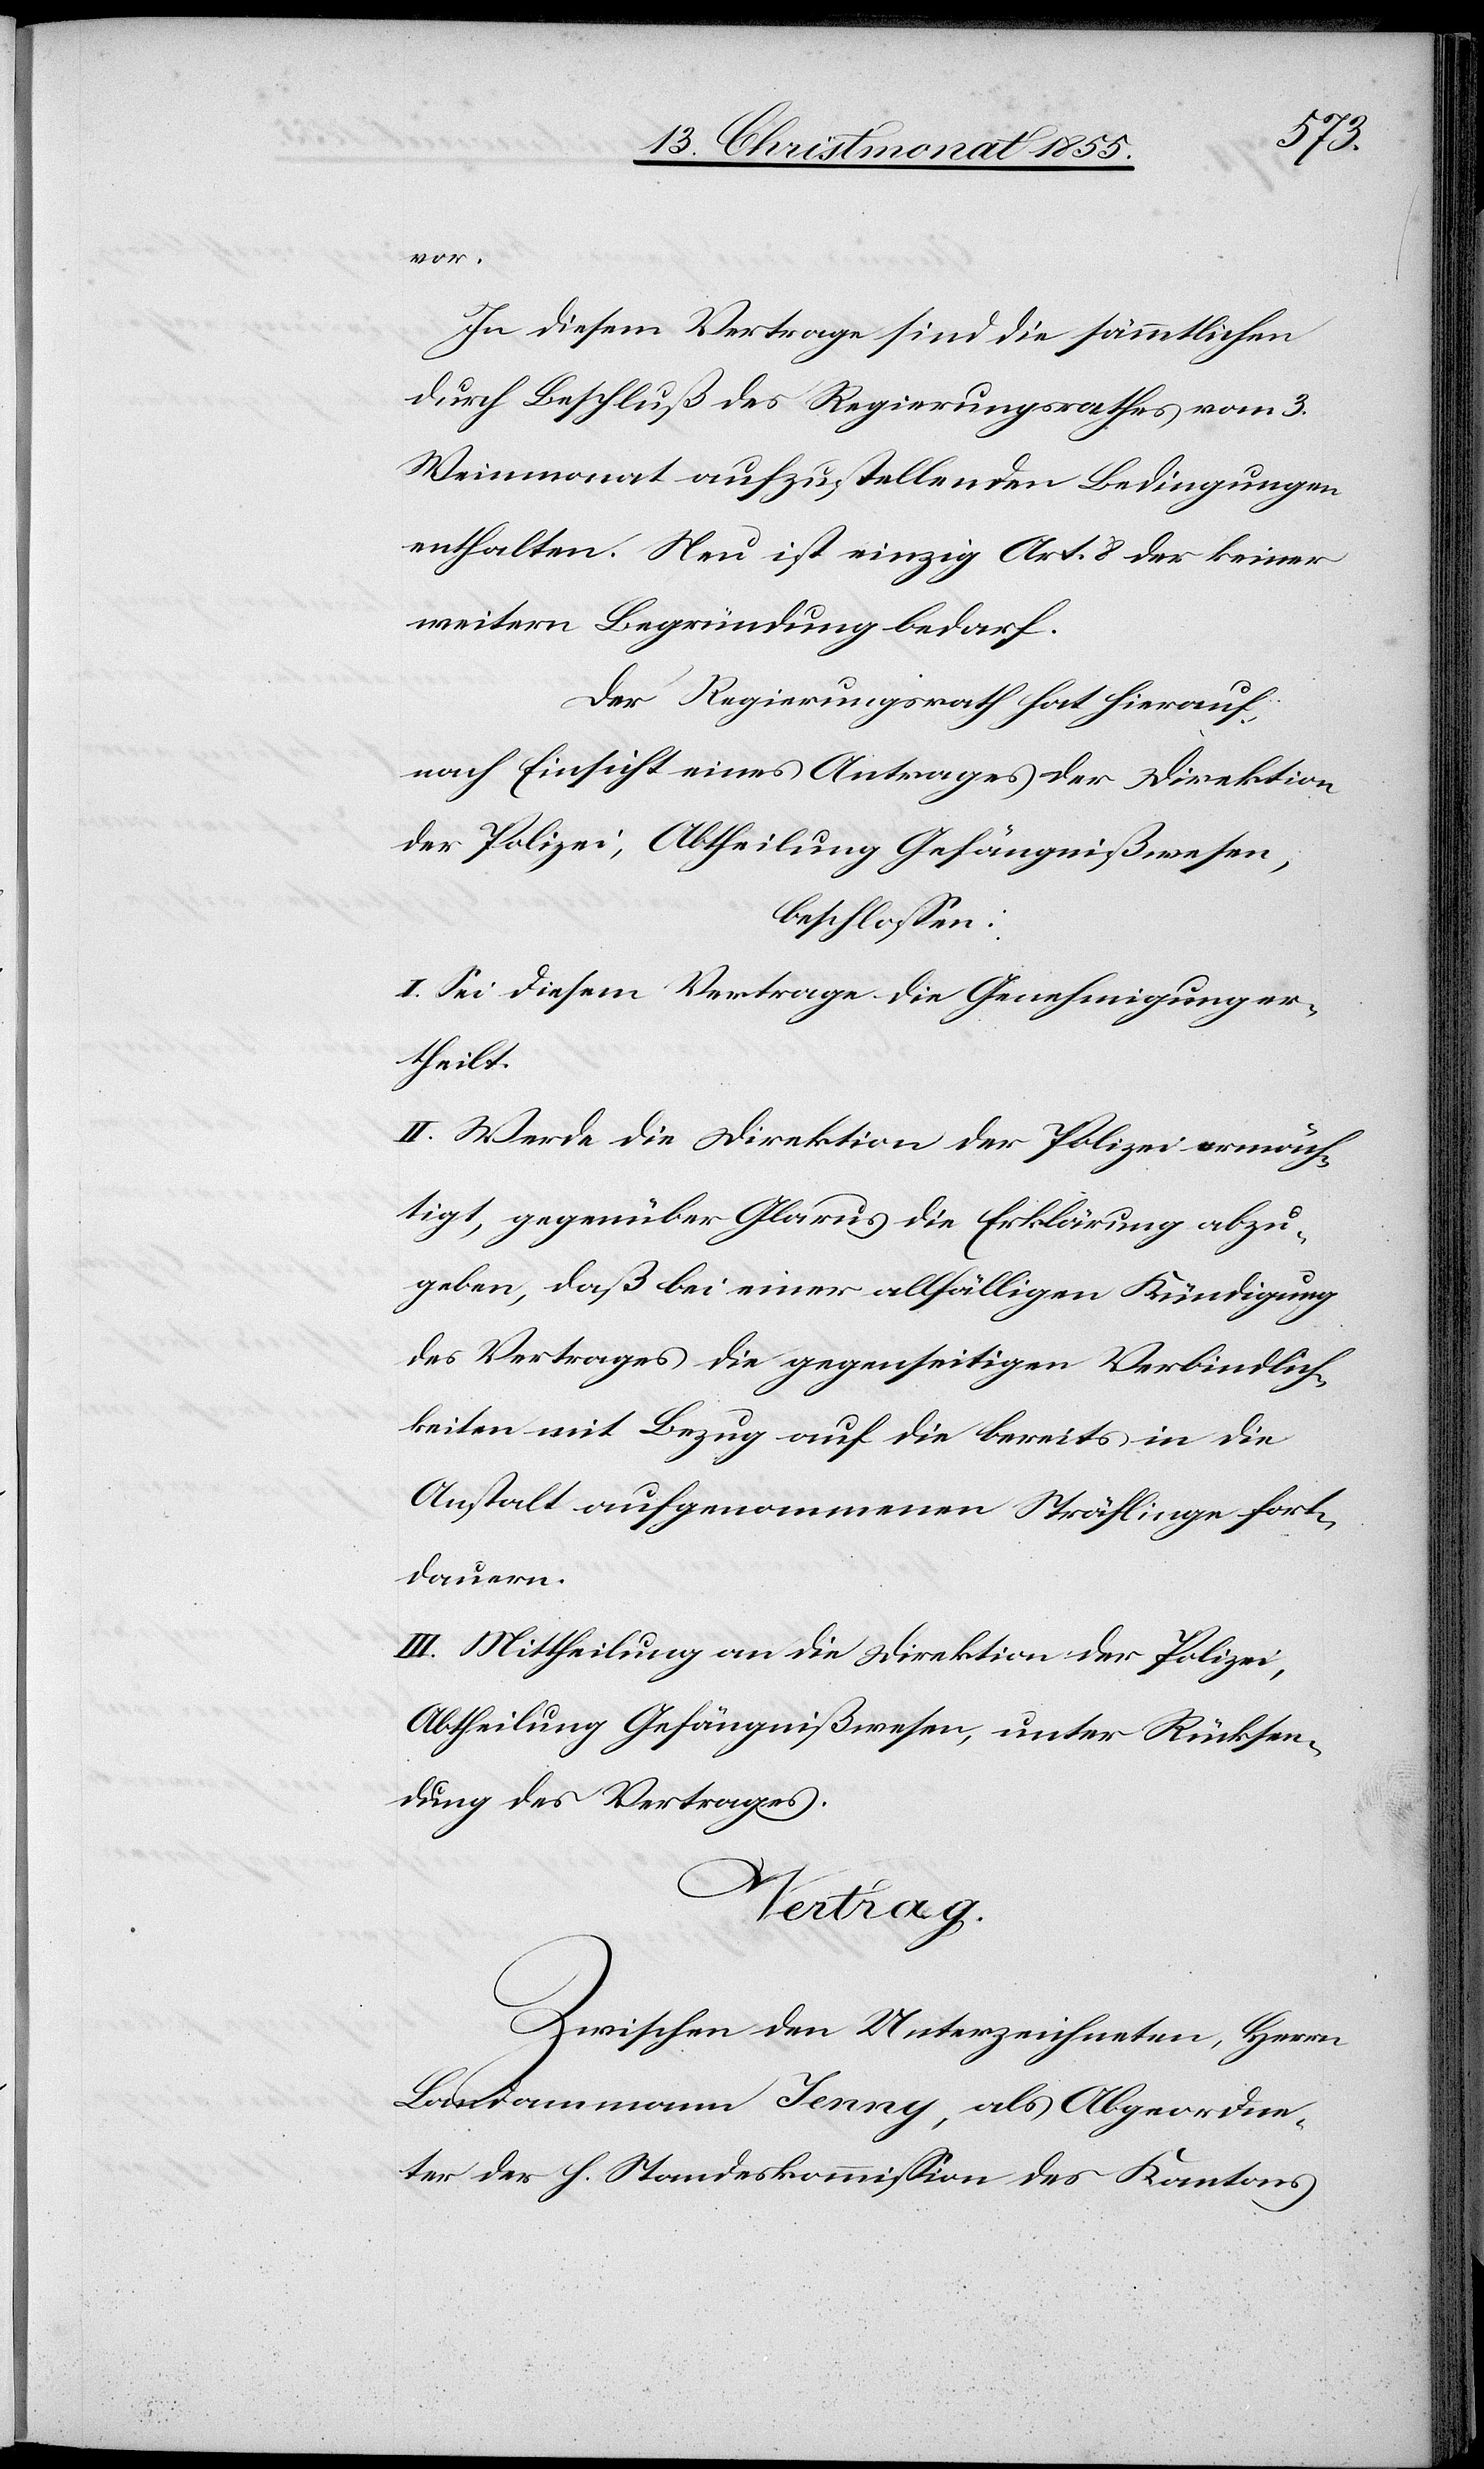
vor.
In diesem Vertrage sind die sämmtlichen
durch Beschluß des Regierungsrathes vom 3.
Weinmonat aufzustellenden Bedingungen
enthalten. Neu ist einzig Art. 8 der keiner
weitern Begründung bedarf.
Der Regierungsrath hat hierauf,
nach Einsicht eines Antrages der Direktion
der Polizei, Abtheilung Gefängnißwesen,
beschlossen:
I. Sei diesem Vertrage die Genehmigung er¬
theilt.
II. Werde die Direktion der Polizei ermäch¬
tigt, gegenüber Glarus die Erklärung abzu¬
geben, daß bei einer allfälligen Kündigung
des Vertrages die gegenseitigen Verbindlich¬
keiten mit Bezug auf die bereits in die
Anstalt aufgenommenen Sträflinge fort¬
dauern.
III. Mittheilung an die Direktion der Polizei,
Abtheilung Gefängnißwesen, unter Rücksen¬
dung des Vertrages.
Vertrag.
Zwischen den Unterzeichneten, Herrn
Landammann Jenny [sic!], als Abgeordne¬
ter der h. Standeskommission des Kantons